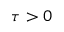
\tau > 0